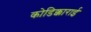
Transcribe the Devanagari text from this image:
कोडिक्काराई